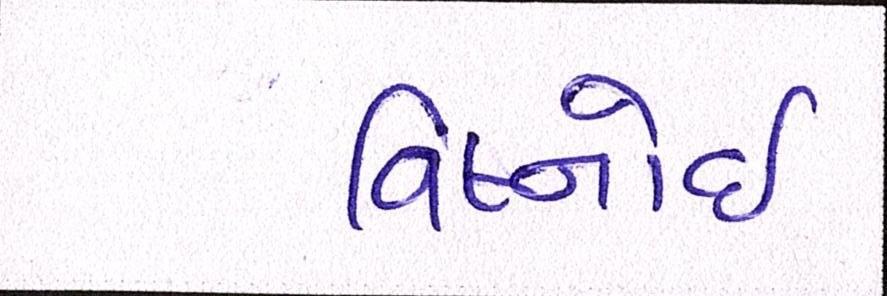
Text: વિષ્નોઈ